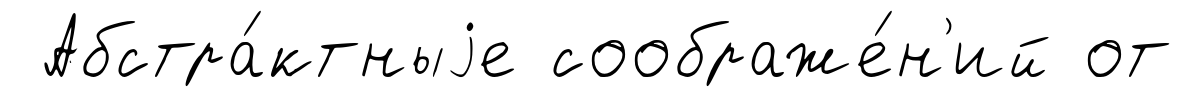
Абстра́ктныjе соображе́н'ий от